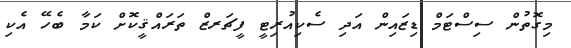
މިގޮތުން ސިސްޓަމް ޑިޒައިން އަދި ސެކިއުރިޓީ ފީޗަރޒް ތަރައްޤީކޮށް ކަމާ ބެހޭ އެކި